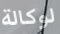
لوكالة